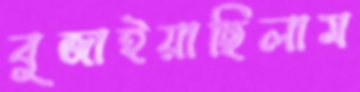
বুজাইয়াছিলাম